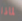
لماذا